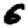
Digit: 6